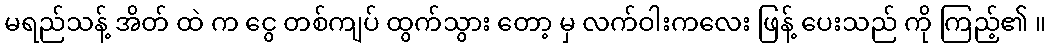
မရည်သန့် အိတ် ထဲ က ငွေ တစ်ကျပ် ထွက်သွား တော့ မှ လက်ဝါးကလေး ဖြန့် ပေးသည် ကို ကြည့်၏ ။